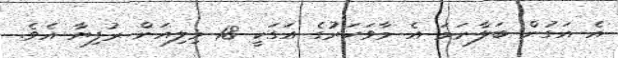
އެ އަގުން ބަލާނަމަ އެ މާވަހަރުގެ އަގަކީ 18 މިލިއަން ރުފިޔާ އެވެ.